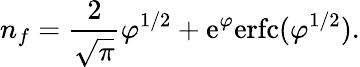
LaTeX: n_{f}={\frac{2}{\sqrt{\pi}}}\varphi^{1/2}+\mathrm{e}^{\varphi}\mathrm{erfc}(\varphi^{1/2}).